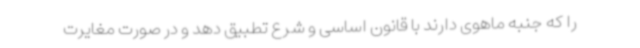
را که جنبه ماهوی دارند با قانون اساسی و شرع تطبیق دهد و در صورت مغایرت